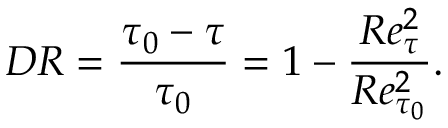
{ D R } = \frac { \tau _ { 0 } - \tau } { \tau _ { 0 } } = 1 - \frac { R e _ { \tau } ^ { 2 } } { R e _ { \tau _ { 0 } } ^ { 2 } } .